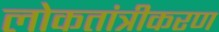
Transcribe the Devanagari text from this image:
लोकतांत्रीकरण